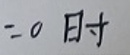
$= 0 \  $时